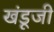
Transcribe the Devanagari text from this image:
खंडूजी